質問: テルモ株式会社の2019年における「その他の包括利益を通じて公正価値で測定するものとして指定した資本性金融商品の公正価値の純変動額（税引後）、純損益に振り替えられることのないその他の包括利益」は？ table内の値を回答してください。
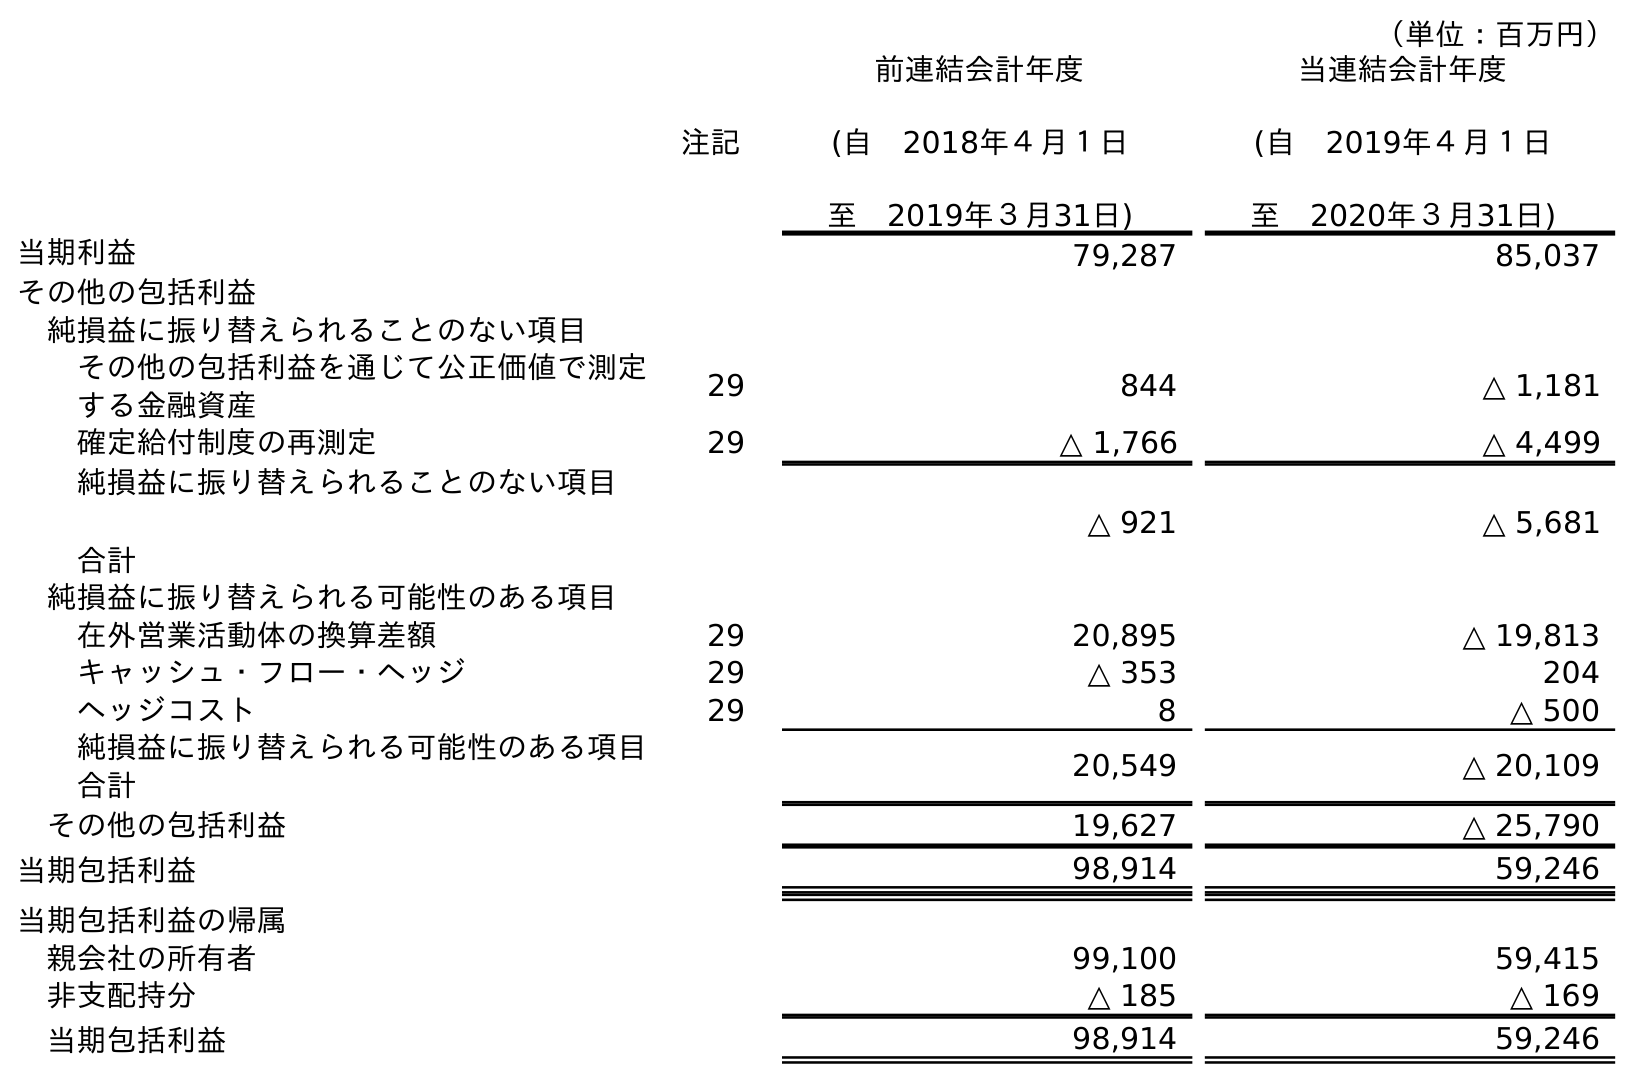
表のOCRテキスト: （単位：百万円） 注記 前連結会計年度 (自 2018年４月１日 至 2019年３月31日) 当連結会計年度 (自 2019年４月１日 至 2020年３月31日) 当期利益 79,287 85,037 その他の包括利益 純損益に振り替えられることのない項目 その他の包括利益を通じて公正価値で測定 する金融資産 29 844 △ 1,181 確定給付制度の再測定 29 △ 1,766 △ 4,499 純損益に振り替えられることのない項目 合計 △ 921 △ 5,681 純損益に振り替えられる可能性のある項目 在外営業活動体の換算差額 29 20,895 △ 19,813 キャッシュ・フロー・ヘッジ 29 △ 353 204 ヘッジコスト 29 8 △ 500 純損益に振り替えられる可能性のある項目 合計 20,549 △ 20,109 その他の包括利益 19,627 △ 25,790 当期包括利益 98,914 59,246 当期包括利益の帰属 親会社の所有者 99,100 59,415 非支配持分 △ 185 △ 169 当期包括利益 98,914 59,246
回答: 844